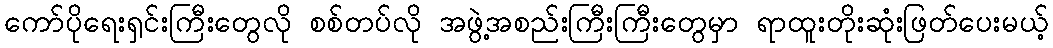
ကော်ပိုရေးရှင်းကြီးတွေလို စစ်တပ်လို အဖွဲ့အစည်းကြီးကြီးတွေမှာ ရာထူးတိုးဆုံးဖြတ်ပေးမယ့်